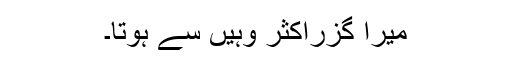
میرا گزراکثر وہیں سے ہوتا۔